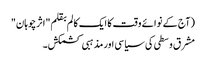
(آج کے نوائے وقت کا ایک کالم بقلم "اثرچوہان"
مشرق وسطی کی سیاسی اور مذہبی کشمکش۔